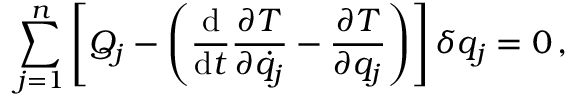
\sum _ { j = 1 } ^ { n } \left[ Q _ { j } - \left( { \frac { \mathrm { d } } { \mathrm { d } t } } { \frac { \partial T } { \partial { \dot { q } } _ { j } } } - { \frac { \partial T } { \partial q _ { j } } } \right) \right] \delta q _ { j } = 0 \, ,